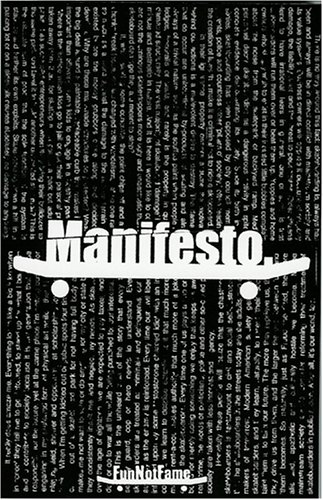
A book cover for Manifesto: Read About Skateboarding; Rudy Bazorda; Sports & Outdoors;